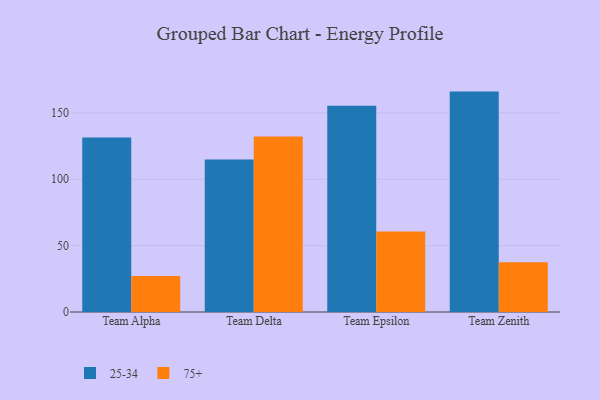
{"axis": {"x": "Team", "y": "Website Visitors"}, "legend": ["25-34", "75+"], "data": [{"x": "Team Alpha", "y": 131.4, "type": "25-34"}, {"x": "Team Alpha", "y": 27.1, "type": "75+"}, {"x": "Team Delta", "y": 114.8, "type": "25-34"}, {"x": "Team Delta", "y": 132.2, "type": "75+"}, {"x": "Team Epsilon", "y": 155.4, "type": "25-34"}, {"x": "Team Epsilon", "y": 60.6, "type": "75+"}, {"x": "Team Zenith", "y": 166.0, "type": "25-34"}, {"x": "Team Zenith", "y": 37.5, "type": "75+"}]}